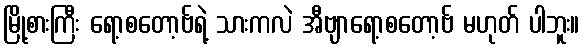
မြို့စားကြီး ရော့စတော့ဗ်ရဲ့ သားကလဲ အီဗျာရော့စတော့ဗ် မဟုတ် ပါဘူး။